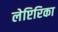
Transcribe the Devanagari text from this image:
लेप्टिरिका